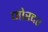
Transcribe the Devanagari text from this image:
जोरदर